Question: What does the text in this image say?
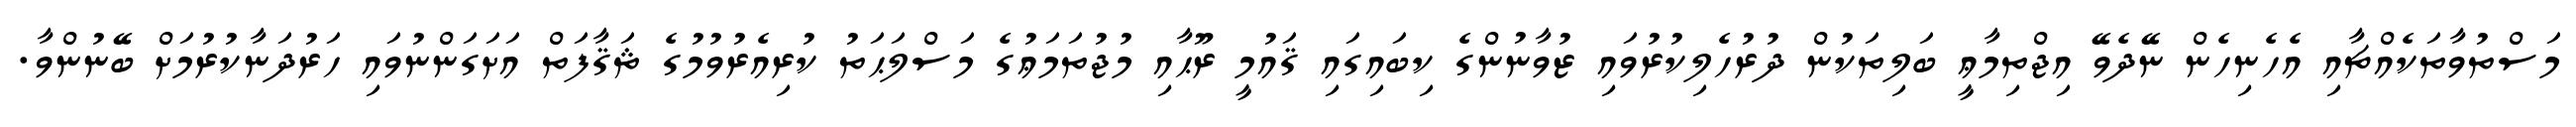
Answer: މަސްތުވާތަކެއްޗާއި އެހެނިހެން ނޭދެވޭ އިޖްތިމާޢީ ބަލިތަކުން ދުރުހެލިކުރުވައި ޒުވާނުންގެ ކިބައިގައި ޤައުމީ ރޫޙާއި މުޖުތަމަޢުގެ މަސްލަޙަތު ކުރިއެރުވުމުގެ ޘަޤާފަތް އަށަގަންނުވައި ހަރުދަނާކުރުމަށް ބޭނުންވާ.